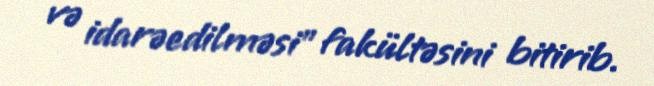
və idarəedilməsi” fakültəsini bitirib.